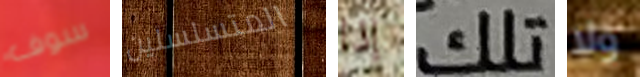
سوف المتسلسلين إذا تلك ولا